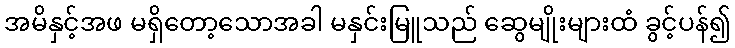
အမိနှင့်အဖ မရှိတော့သောအခါ မနှင်းမြူသည် ဆွေမျိုးများထံ ခွင့်ပန်၍